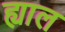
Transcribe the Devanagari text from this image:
ह्याल